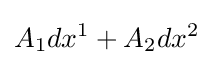
A_{1}dx^{1}+A_{2}dx^{2}